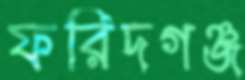
ফরিদগঞ্জ